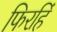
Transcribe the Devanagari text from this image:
फिरहिं